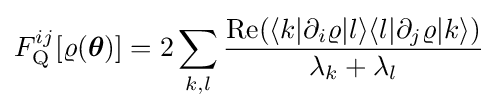
F_{\rm {Q}}^{ij}[\varrho ({\boldsymbol {\theta }})]=2\sum _{k,l}{\frac {\operatorname {Re} (\langle k\vert \partial _{i}\varrho \vert l\rangle \langle l\vert \partial _{j}\varrho \vert k\rangle )}{\lambda _{k}+\lambda _{l}}}